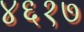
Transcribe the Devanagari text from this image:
४६१७